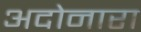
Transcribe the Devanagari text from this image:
अदोनारा